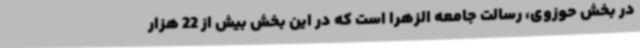
در بخش حوزوی، رسالت جامعه الزهرا است که در این بخش بیش از 22 هزار